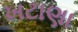
ખટાણા